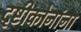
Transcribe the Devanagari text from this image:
दृष्टीकोनांना